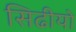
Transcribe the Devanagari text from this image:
सिढीयो